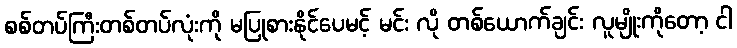
စစ်တပ်ကြီးတစ်တပ်လုံးကို မပြုစားနိုင်ပေမင့် မင်း လို တစ်ယောက်ချင်း လူမျိုးကိုတော့ ငါ